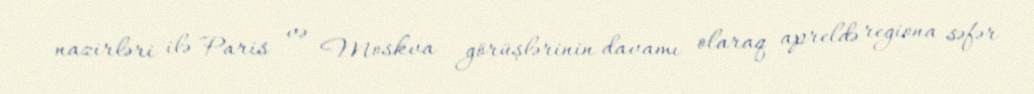
nazirləri ilə Paris və Moskva görüşlərinin davamı olaraq apreldə regiona səfər